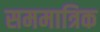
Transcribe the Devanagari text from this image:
सममात्रिक